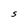
Character: S